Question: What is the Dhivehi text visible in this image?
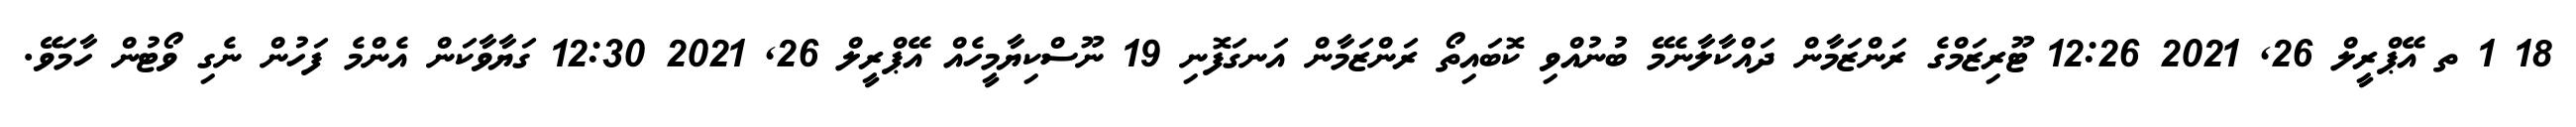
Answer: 18 1 ތ އޭޕްރީލް 26, 2021 12:26 ޓޫރިޒަމްގެ ރަންޒަމާން ދައްކާލާނެމޭ ބުނުއްވި ކޮބައިތޯ ރަންޒަމާން އަނގަފޮނި 19 ނޫސްކިޔާމީހެއް އޭޕްރީލް 26, 2021 12:30 ގަޔާވާކަން އެންމެ ފަހުން ނެގި ވޯޓުން ހާމަވޭ.